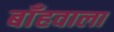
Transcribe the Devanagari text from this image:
बाँहवाला